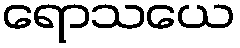
ရောသယေ